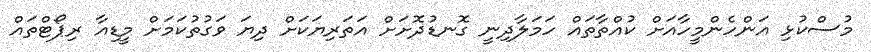
މުސްކުޅި އަންހެންމީހާއަށް ކުއްތާތައް ހަމަލާދިނީ ގޮނޑުދޮށަށް އަތަރިޔަކަށް ދިޔަ ވަގުތުކަމަށް މީޑިއާ ރިޕޯޓްތައް